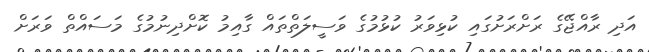
އަދި ރާއްޖޭގެ ރަށްރަށުގައި ކުޅިވަރު ކުޅުމުގެ ވަސީލަތްތައް ގާއިމު ކޮށްދިނުމުގެ މަސައްތް ވަރަށް